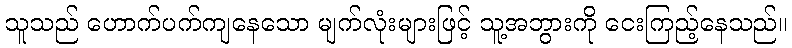
သူသည် ဟောက်ပက်ကျနေသော မျက်လုံးများဖြင့် သူ့အဘွားကို ငေးကြည့်နေသည်။